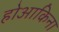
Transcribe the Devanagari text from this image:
होआकिना